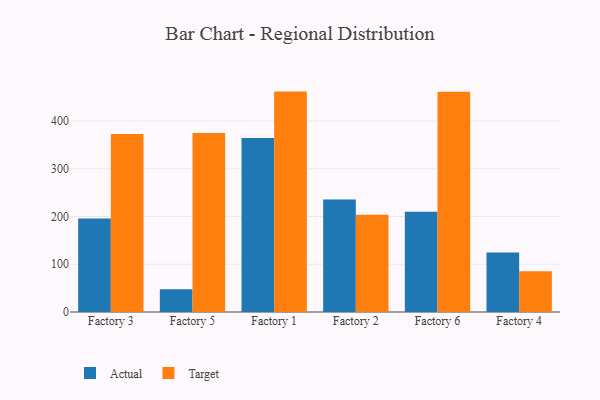
{"axis": {"x": "Factory", "y": "LTV (USD)"}, "legend": ["Actual", "Target"], "data": [{"x": "Factory 3", "y": 195.9, "type": "Actual"}, {"x": "Factory 3", "y": 372.8, "type": "Target"}, {"x": "Factory 5", "y": 47.9, "type": "Actual"}, {"x": "Factory 5", "y": 374.9, "type": "Target"}, {"x": "Factory 1", "y": 364.3, "type": "Actual"}, {"x": "Factory 1", "y": 461.6, "type": "Target"}, {"x": "Factory 2", "y": 235.7, "type": "Actual"}, {"x": "Factory 2", "y": 203.8, "type": "Target"}, {"x": "Factory 6", "y": 209.9, "type": "Actual"}, {"x": "Factory 6", "y": 461.3, "type": "Target"}, {"x": "Factory 4", "y": 124.5, "type": "Actual"}, {"x": "Factory 4", "y": 85.4, "type": "Target"}]}